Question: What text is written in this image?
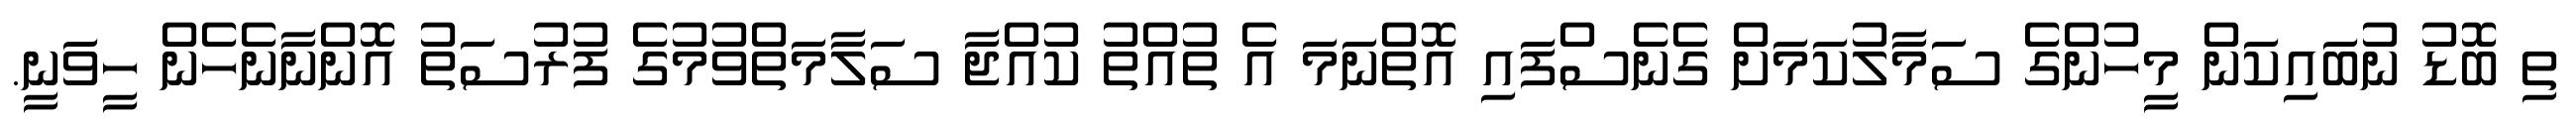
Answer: ތި ބޮޑު ނުބައިކަން މީހުންގެ ސަމާލުކަމަށް ގެނެސްފައި އޮތްނަމަ އެ ތުއްތު ކުއްޖާ ސަލާމަތްވުމުގެ ފުރުސަތު އޮންނާނެހެން ހީވަނީ.